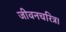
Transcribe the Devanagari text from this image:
जीवनचरित्र।